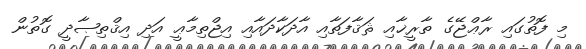
މި ފޮތުގައި ރާޢްޖޭގެ ތާރީޚާއި ޘަޤާފަތާއި އާދަކާދައާއި އިޖްތިމާޢީ އަދި އިޤްތިޞާދީ ގޮތުން